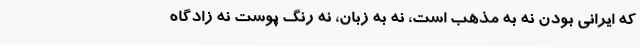
که ایرانی بودن نه به مذهب است، نه به زبان، نه رنگِ پوست نه زادگاه